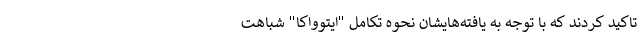
تاکید کردند که با توجه به یافته‌هایشان نحوه تکامل "ایتوواکا" شباهت